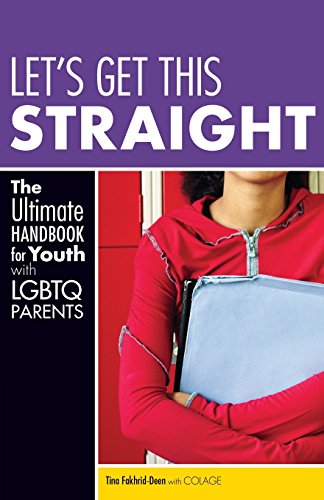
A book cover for Let's Get This Straight: The Ultimate Handbook for Youth with LGBTQ Parents; Tina Fakhrid-Deen; Gay & Lesbian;